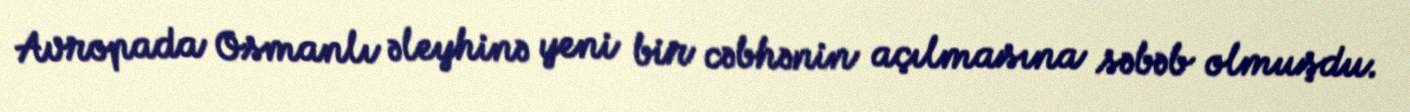
Avropada Osmanlı əleyhinə yeni bir cəbhənin açılmasına səbəb olmuşdu.